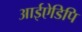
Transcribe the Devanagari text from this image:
आईऐडिपि